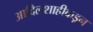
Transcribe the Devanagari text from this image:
आदिलशाहीकडून